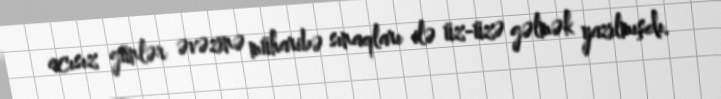
acısız günlər əvəzinə müharibə sınaqları ilə üz-üzə gəlmək yazılmışdı.